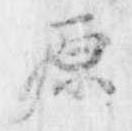
源